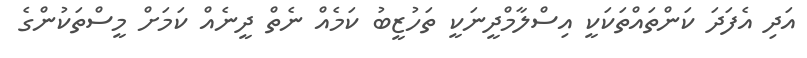
އަދި އެފަދަ ކަންތައްތަކަކީ އިސްލާމްދީނަކީ ތަހުޒީބު ކަމެއް ނެތް ދީނެއް ކަމަށް މީސްތަކުންގެ